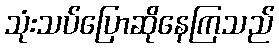
သုံးသပ်ပြောဆိုနေကြသည်